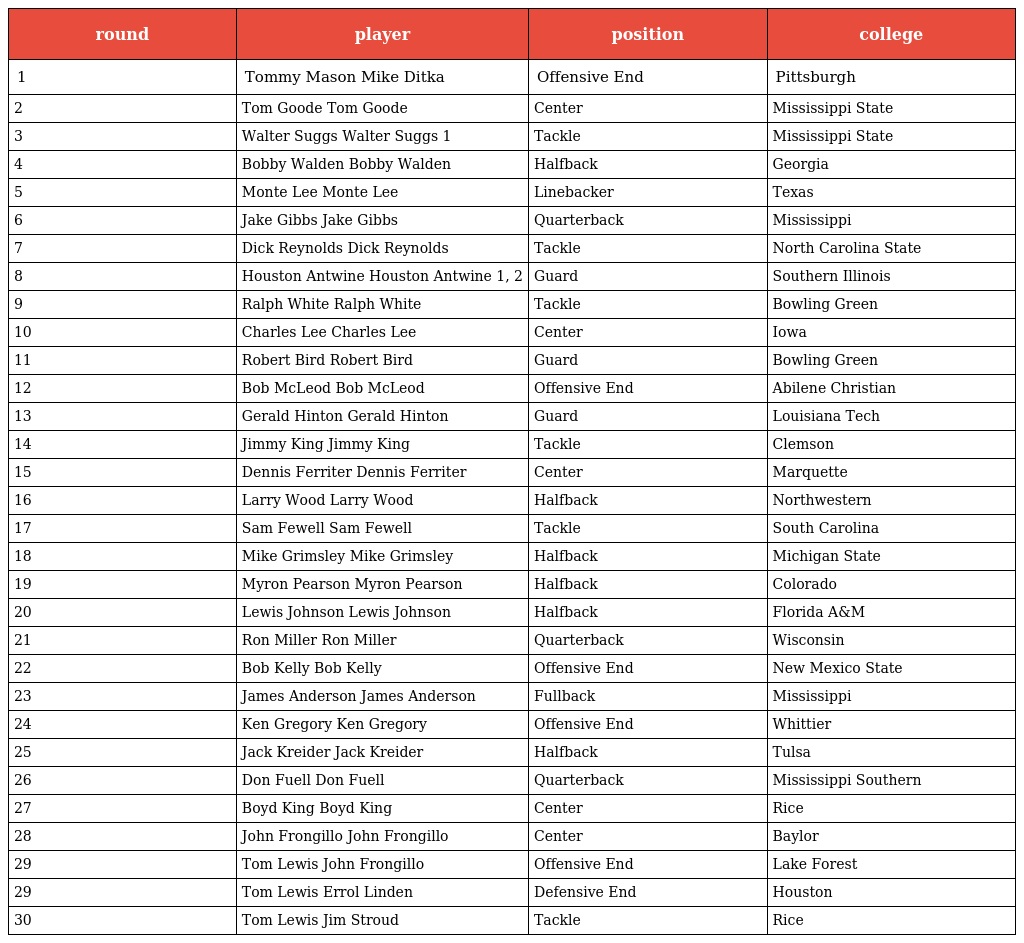
| round | player | position | college |
 | --- | --- | --- | --- |
 | 1 | Tommy Mason Mike Ditka | Offensive End | Pittsburgh |
 | 2 | Tom Goode Tom Goode | Center | Mississippi State |
 | 3 | Walter Suggs Walter Suggs 1 | Tackle | Mississippi State |
 | 4 | Bobby Walden Bobby Walden | Halfback | Georgia |
 | 5 | Monte Lee Monte Lee | Linebacker | Texas |
 | 6 | Jake Gibbs Jake Gibbs | Quarterback | Mississippi |
 | 7 | Dick Reynolds Dick Reynolds | Tackle | North Carolina State |
 | 8 | Houston Antwine Houston Antwine 1, 2 | Guard | Southern Illinois |
 | 9 | Ralph White Ralph White | Tackle | Bowling Green |
 | 10 | Charles Lee Charles Lee | Center | Iowa |
 | 11 | Robert Bird Robert Bird | Guard | Bowling Green |
 | 12 | Bob McLeod Bob McLeod | Offensive End | Abilene Christian |
 | 13 | Gerald Hinton Gerald Hinton | Guard | Louisiana Tech |
 | 14 | Jimmy King Jimmy King | Tackle | Clemson |
 | 15 | Dennis Ferriter Dennis Ferriter | Center | Marquette |
 | 16 | Larry Wood Larry Wood | Halfback | Northwestern |
 | 17 | Sam Fewell Sam Fewell | Tackle | South Carolina |
 | 18 | Mike Grimsley Mike Grimsley | Halfback | Michigan State |
 | 19 | Myron Pearson Myron Pearson | Halfback | Colorado |
 | 20 | Lewis Johnson Lewis Johnson | Halfback | Florida A&M |
 | 21 | Ron Miller Ron Miller | Quarterback | Wisconsin |
 | 22 | Bob Kelly Bob Kelly | Offensive End | New Mexico State |
 | 23 | James Anderson James Anderson | Fullback | Mississippi |
 | 24 | Ken Gregory Ken Gregory | Offensive End | Whittier |
 | 25 | Jack Kreider Jack Kreider | Halfback | Tulsa |
 | 26 | Don Fuell Don Fuell | Quarterback | Mississippi Southern |
 | 27 | Boyd King Boyd King | Center | Rice |
 | 28 | John Frongillo John Frongillo | Center | Baylor |
 | 29 | Tom Lewis John Frongillo | Offensive End | Lake Forest |
 | 29 | Tom Lewis Errol Linden | Defensive End | Houston |
 | 30 | Tom Lewis Jim Stroud | Tackle | Rice |